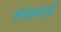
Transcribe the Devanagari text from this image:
संभवनाओं